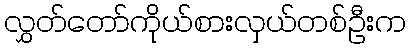
လွှတ်တော်ကိုယ်စားလှယ်တစ်ဦးက